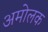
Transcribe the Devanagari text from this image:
अमोलक